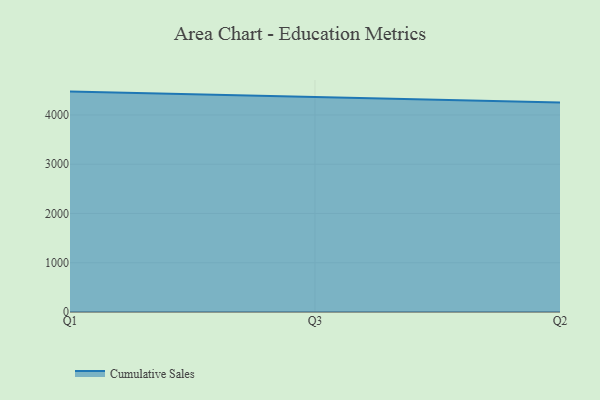
{"axis": {"x": "Quarter", "y": "Humidity (%)"}, "legend": ["Cumulative Sales"], "data": [{"x": "Q1", "y": 4474.0, "type": "Cumulative Sales"}, {"x": "Q3", "y": 4359.3, "type": "Cumulative Sales"}, {"x": "Q2", "y": 4254.8, "type": "Cumulative Sales"}]}